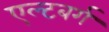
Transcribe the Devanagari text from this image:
एल्टबर्ग